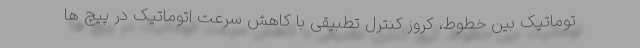
توماتیک بین خطوط، کروز کنترل تطبیقی با کاهش سرعت اتوماتیک در پیچ ها